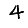
Digit: 4